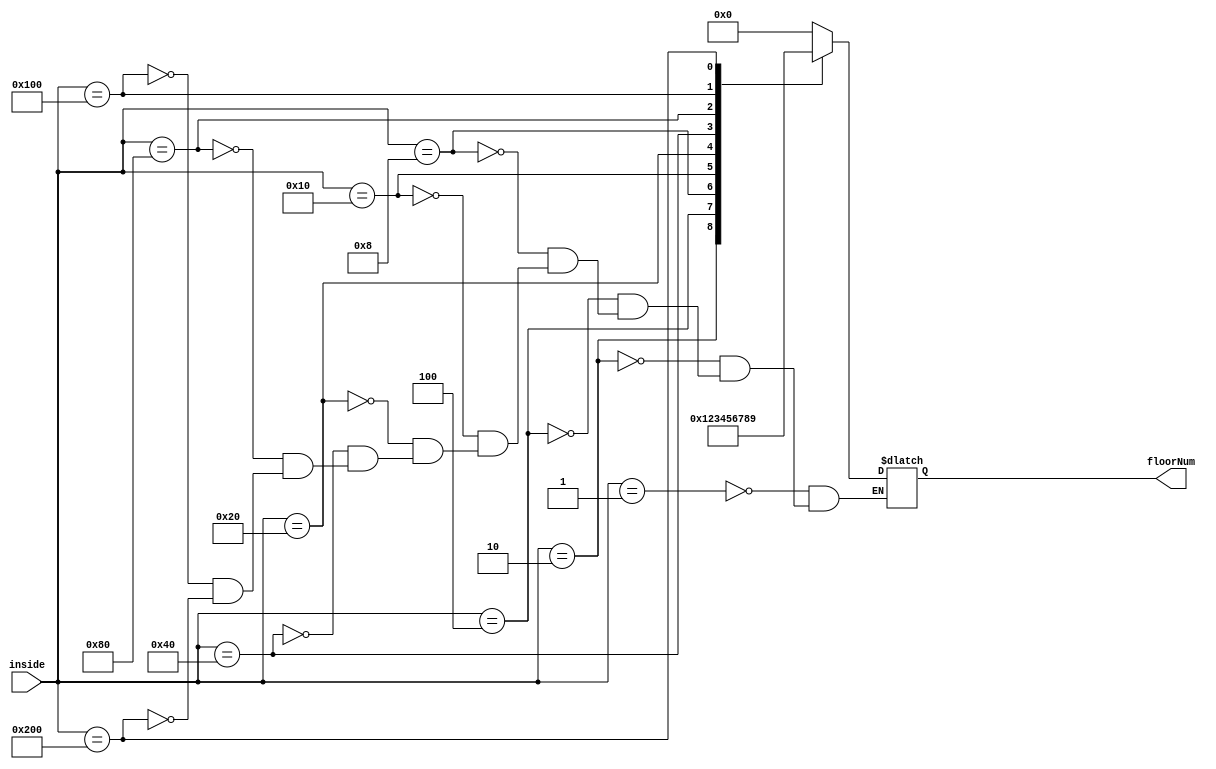
module floorEncoder (
    inside, floorNum
);
    input [9:0] inside;
    output reg [3:0] floorNum;

    always @(inside) begin
        case (inside)
            10'b0000000001: floorNum=0;
            10'b0000000010: floorNum=1;
            10'b0000000100: floorNum=2;
            10'b0000001000: floorNum=3;
            10'b0000010000: floorNum=4;
            10'b0000100000: floorNum=5;
            10'b0001000000: floorNum=6;
            10'b0010000000: floorNum=7;
            10'b0100000000: floorNum=8;
            10'b1000000000: floorNum=9;
        endcase 
    end

    
endmodule